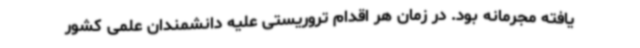
یافته مجرمانه بود. در زمان هر اقدام تروریستی علیه دانشمندان علمی کشور